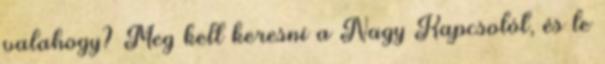
valahogy? Meg kell keresni a Nagy Kapcsolót, és le